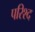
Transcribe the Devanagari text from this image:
परिश्द